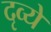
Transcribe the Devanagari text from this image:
दृव्ये